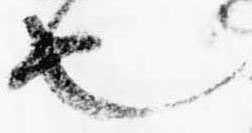
也